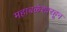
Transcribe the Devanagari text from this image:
महाबळेश्वरहून